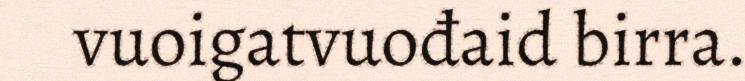
vuoigatvuođaid birra.